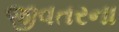
જીવતરના